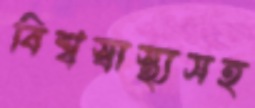
বিশ্বস্বাস্থ্যসহ